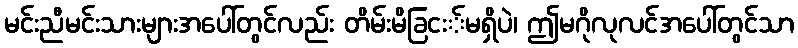
မင်းညီမင်းသားများအပေါ်တွင်လည်း တိမ်းမိခြငး်မရှိပဲ၊ ဤမဂိုလုလင်အပေါ်တွင်သာ